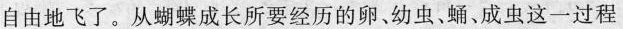
自由地飞了。从蝴蝶成长所要经历的卵、幼虫、蛹、成虫这一过程